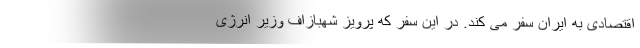
اقتصادی به ایران سفر می کند. در این سفر که پرویز شهبازاف وزیر انرژی